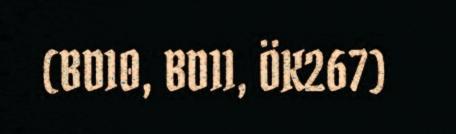
(BD10, BD11, ÖK267)